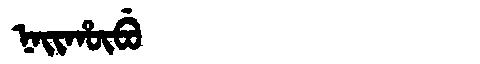
Manchu: ᠨᠠᡳᡥᡡᠪᡠ
Romanization: NAIHŪBU